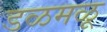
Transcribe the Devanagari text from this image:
डळमळू